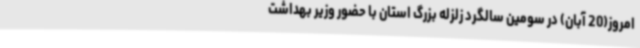
امروز(20 آبان) در سومین سالگرد زلزله بزرگ استان با حضور وزیر بهداشت